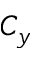
C _ { y }